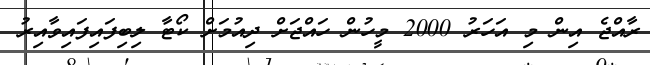
ރާއްޖެ އިން މި އަހަރު 2000 މީހުން ހައްޖަށް ދިއުމަށް ކޯޓާ ލިބިފައިފައިވާއިރު